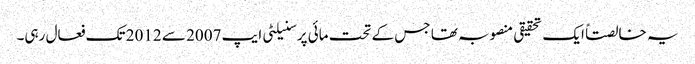
یہ خالصتاً ایک تحقیقی منصوبہ تھا جس کے تحت مائی پرسنیلٹی ایپ 2007 سے 2012 تک فعال رہی۔